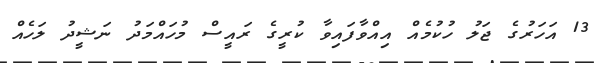
13 އަހަރުގެ ޖަލު ހުކުމެއް އިއްވާފައިވާ ކުރީގެ ރައީސް މުހައްމަދު ނަޝީދު ލަހެއް